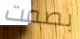
بصمت